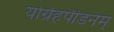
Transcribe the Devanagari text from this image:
योर्ग्रहपीडनम्